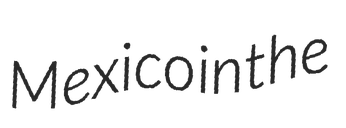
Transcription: Mexico in the